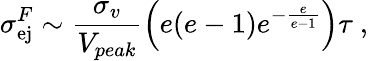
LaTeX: \sigma_{\mathrm{ej}}^{F}\sim\frac{\sigma_{v}}{V_{peak}}\Big(e(e-1)e^{-\frac{e}{e-1}}\Big)\tau~,